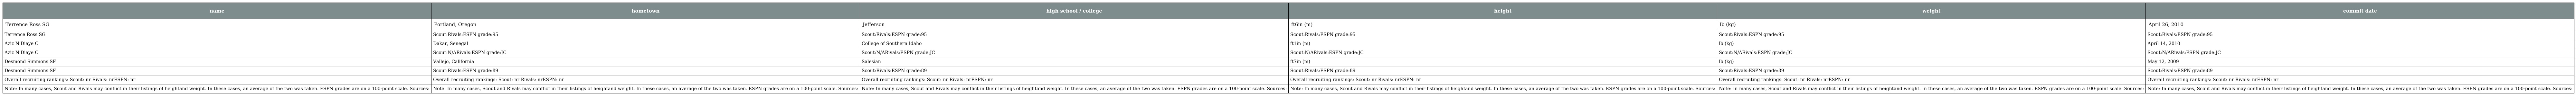
| name | hometown | high school / college | height | weight | commit date |
 | --- | --- | --- | --- | --- | --- |
 | Terrence Ross SG | Portland, Oregon | Jefferson | ft6in (m) | lb (kg) | April 26, 2010 |
 | Terrence Ross SG | Scout:Rivals:ESPN grade:95 | Scout:Rivals:ESPN grade:95 | Scout:Rivals:ESPN grade:95 | Scout:Rivals:ESPN grade:95 | Scout:Rivals:ESPN grade:95 |
 | Aziz N'Diaye C | Dakar, Senegal | College of Southern Idaho | ft1in (m) | lb (kg) | April 14, 2010 |
 | Aziz N'Diaye C | Scout:N/ARivals:ESPN grade:JC | Scout:N/ARivals:ESPN grade:JC | Scout:N/ARivals:ESPN grade:JC | Scout:N/ARivals:ESPN grade:JC | Scout:N/ARivals:ESPN grade:JC |
 | Desmond Simmons SF | Vallejo, California | Salesian | ft7in (m) | lb (kg) | May 12, 2009 |
 | Desmond Simmons SF | Scout:Rivals:ESPN grade:89 | Scout:Rivals:ESPN grade:89 | Scout:Rivals:ESPN grade:89 | Scout:Rivals:ESPN grade:89 | Scout:Rivals:ESPN grade:89 |
 | Overall recruiting rankings: Scout: nr Rivals: nrESPN: nr | Overall recruiting rankings: Scout: nr Rivals: nrESPN: nr | Overall recruiting rankings: Scout: nr Rivals: nrESPN: nr | Overall recruiting rankings: Scout: nr Rivals: nrESPN: nr | Overall recruiting rankings: Scout: nr Rivals: nrESPN: nr | Overall recruiting rankings: Scout: nr Rivals: nrESPN: nr |
 | Note: In many cases, Scout and Rivals may conflict in their listings of heightand weight. In these cases, an average of the two was taken. ESPN grades are on a 100-point scale. Sources: | Note: In many cases, Scout and Rivals may conflict in their listings of heightand weight. In these cases, an average of the two was taken. ESPN grades are on a 100-point scale. Sources: | Note: In many cases, Scout and Rivals may conflict in their listings of heightand weight. In these cases, an average of the two was taken. ESPN grades are on a 100-point scale. Sources: | Note: In many cases, Scout and Rivals may conflict in their listings of heightand weight. In these cases, an average of the two was taken. ESPN grades are on a 100-point scale. Sources: | Note: In many cases, Scout and Rivals may conflict in their listings of heightand weight. In these cases, an average of the two was taken. ESPN grades are on a 100-point scale. Sources: | Note: In many cases, Scout and Rivals may conflict in their listings of heightand weight. In these cases, an average of the two was taken. ESPN grades are on a 100-point scale. Sources: |